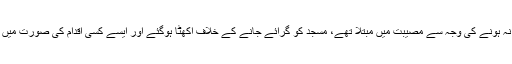
اب کیا تھا وہی لوگ جو سروس روڈ نہ ہونے کی وجہ سے مصیبت میں مبتلا تھے، مسجد کو گرائے جانے کے خلاف اکھٹا ہوگئے اور ایسے کسی اقدام کی صورت میں سنگین نتائج کی دھمکیاں دینے لگے۔